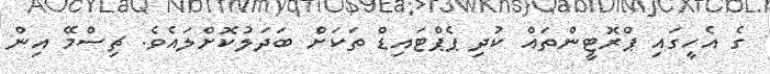
ގެ އެހީގައި ޕްރޮޓީންތައް ކުދި ޕެޕްޓައިޑް ތަކަށް ބަދަލުކޮށްލައެވެ. ޗިސްމޭ އިން